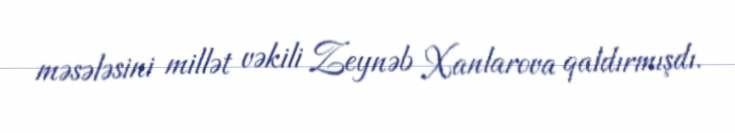
məsələsini millət vəkili Zeynəb Xanlarova qaldırmışdı.